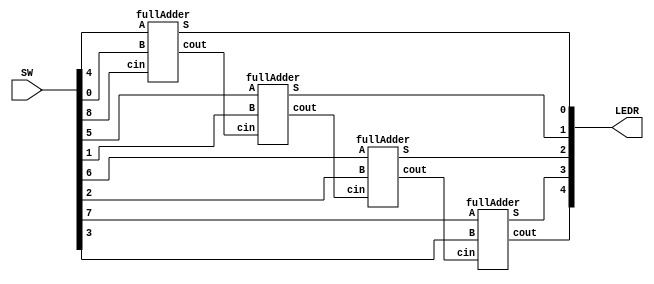
//SW[7:4] for A number
//SW[3:0] for B number
//SW[8] as c in

//LEDR[4:0] output display

module adderCircuit(LEDR, SW);
    input [9:0] SW;
    output [9:0] LEDR;
	wire c1;
	wire c2;
	wire c3;
	wire c4;
	
	fullAdder u0(.A(SW[4]), .B(SW[0]), .cin(SW[8]), .S(LEDR[0]), .cout(c1));
	fullAdder u1(.A(SW[5]), .B(SW[1]), .cin(c1), .S(LEDR[1]), .cout(c2));
	fullAdder u2(.A(SW[6]), .B(SW[2]), .cin(c2), .S(LEDR[2]), .cout(c3));
	fullAdder u3(.A(SW[7]), .B(SW[3]), .cin(c3), .S(LEDR[3]), .cout(c4));
	assign LEDR[4] = c4;
endmodule

module fullAdder(A, B, cin, S, cout);
	input A, B, cin;
	output S, cout;
	
	assign S = A ^ B ^ cin;
	assign cout = (A & B) | (A & cin) | (B & cin);
endmodule